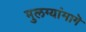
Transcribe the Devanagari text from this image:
मुलग्यांमागॆ